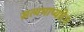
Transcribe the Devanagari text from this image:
सत्यमाप्यते॥